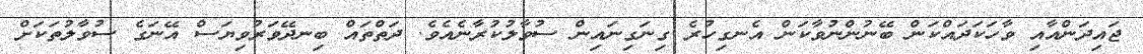
ޖައިދަންއާއި ވާހަކަދައްކަން ބޭނުންނުވާކަން އެނގިހުރެ ގިނަގިނައިން ސުވާލުކުރާނެއެވެ. ދަތްތައް ބިނދޭވަރުވިޔަސް އޭނަގެ ސުވާލުތަކަށް